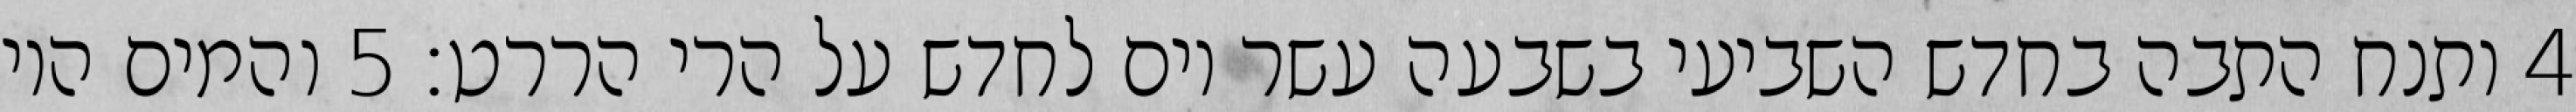
‎4‏ ותנח התבה בחדש השביעי בשבעה עשר יום לחדש על הרי הררט׃ ‎5‏ והמים היו